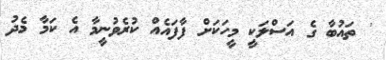
' ތައުބާ ގެ އަސްލަކީ މީހަކަށް ފާފައެއް ކުރެވުނީމާ އެ ކަމާ މެދު